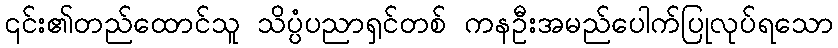
၎င်း၏တည်ထောင်သူ သိပ္ပံပညာရှင်တစ် ကနဦးအမည်ပေါက်ပြုလုပ်ရသော